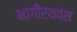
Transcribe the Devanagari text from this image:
भागीरथवंश